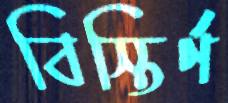
বিস্তির্ণ